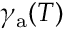
\gamma _ { \mathrm { a } } ( T )